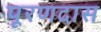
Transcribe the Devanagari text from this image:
पूरणदास